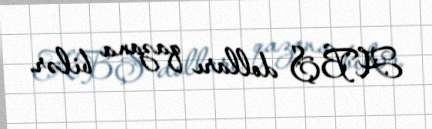
ABŞ dolları qazana bilər.